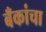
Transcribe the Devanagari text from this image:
बँकांचा